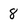
Character: 8